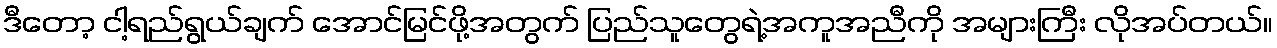
ဒီတော့ ငါ့ရည်ရွယ်ချက် အောင်မြင်ဖို့အတွက် ပြည်သူတွေရဲ့အကူအညီကို အများကြီး လိုအပ်တယ်။